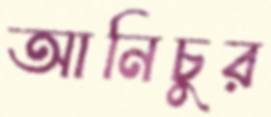
আনিচুর